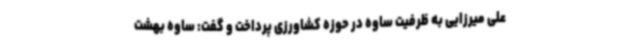
علی میرزایی به ظرفیت ساوه در حوزه کشاورزی پرداخت و گفت: ساوه بهشت